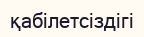
қабілетсіздігі